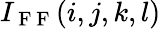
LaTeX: I_{\mathrm{~F~F~}}(i,j,k,l)